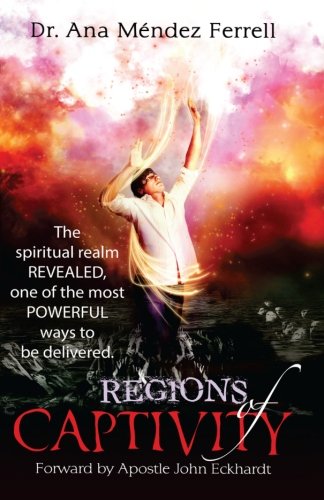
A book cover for Regions of Captivity; Dr Ana Mendez Ferrell; Christian Books & Bibles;